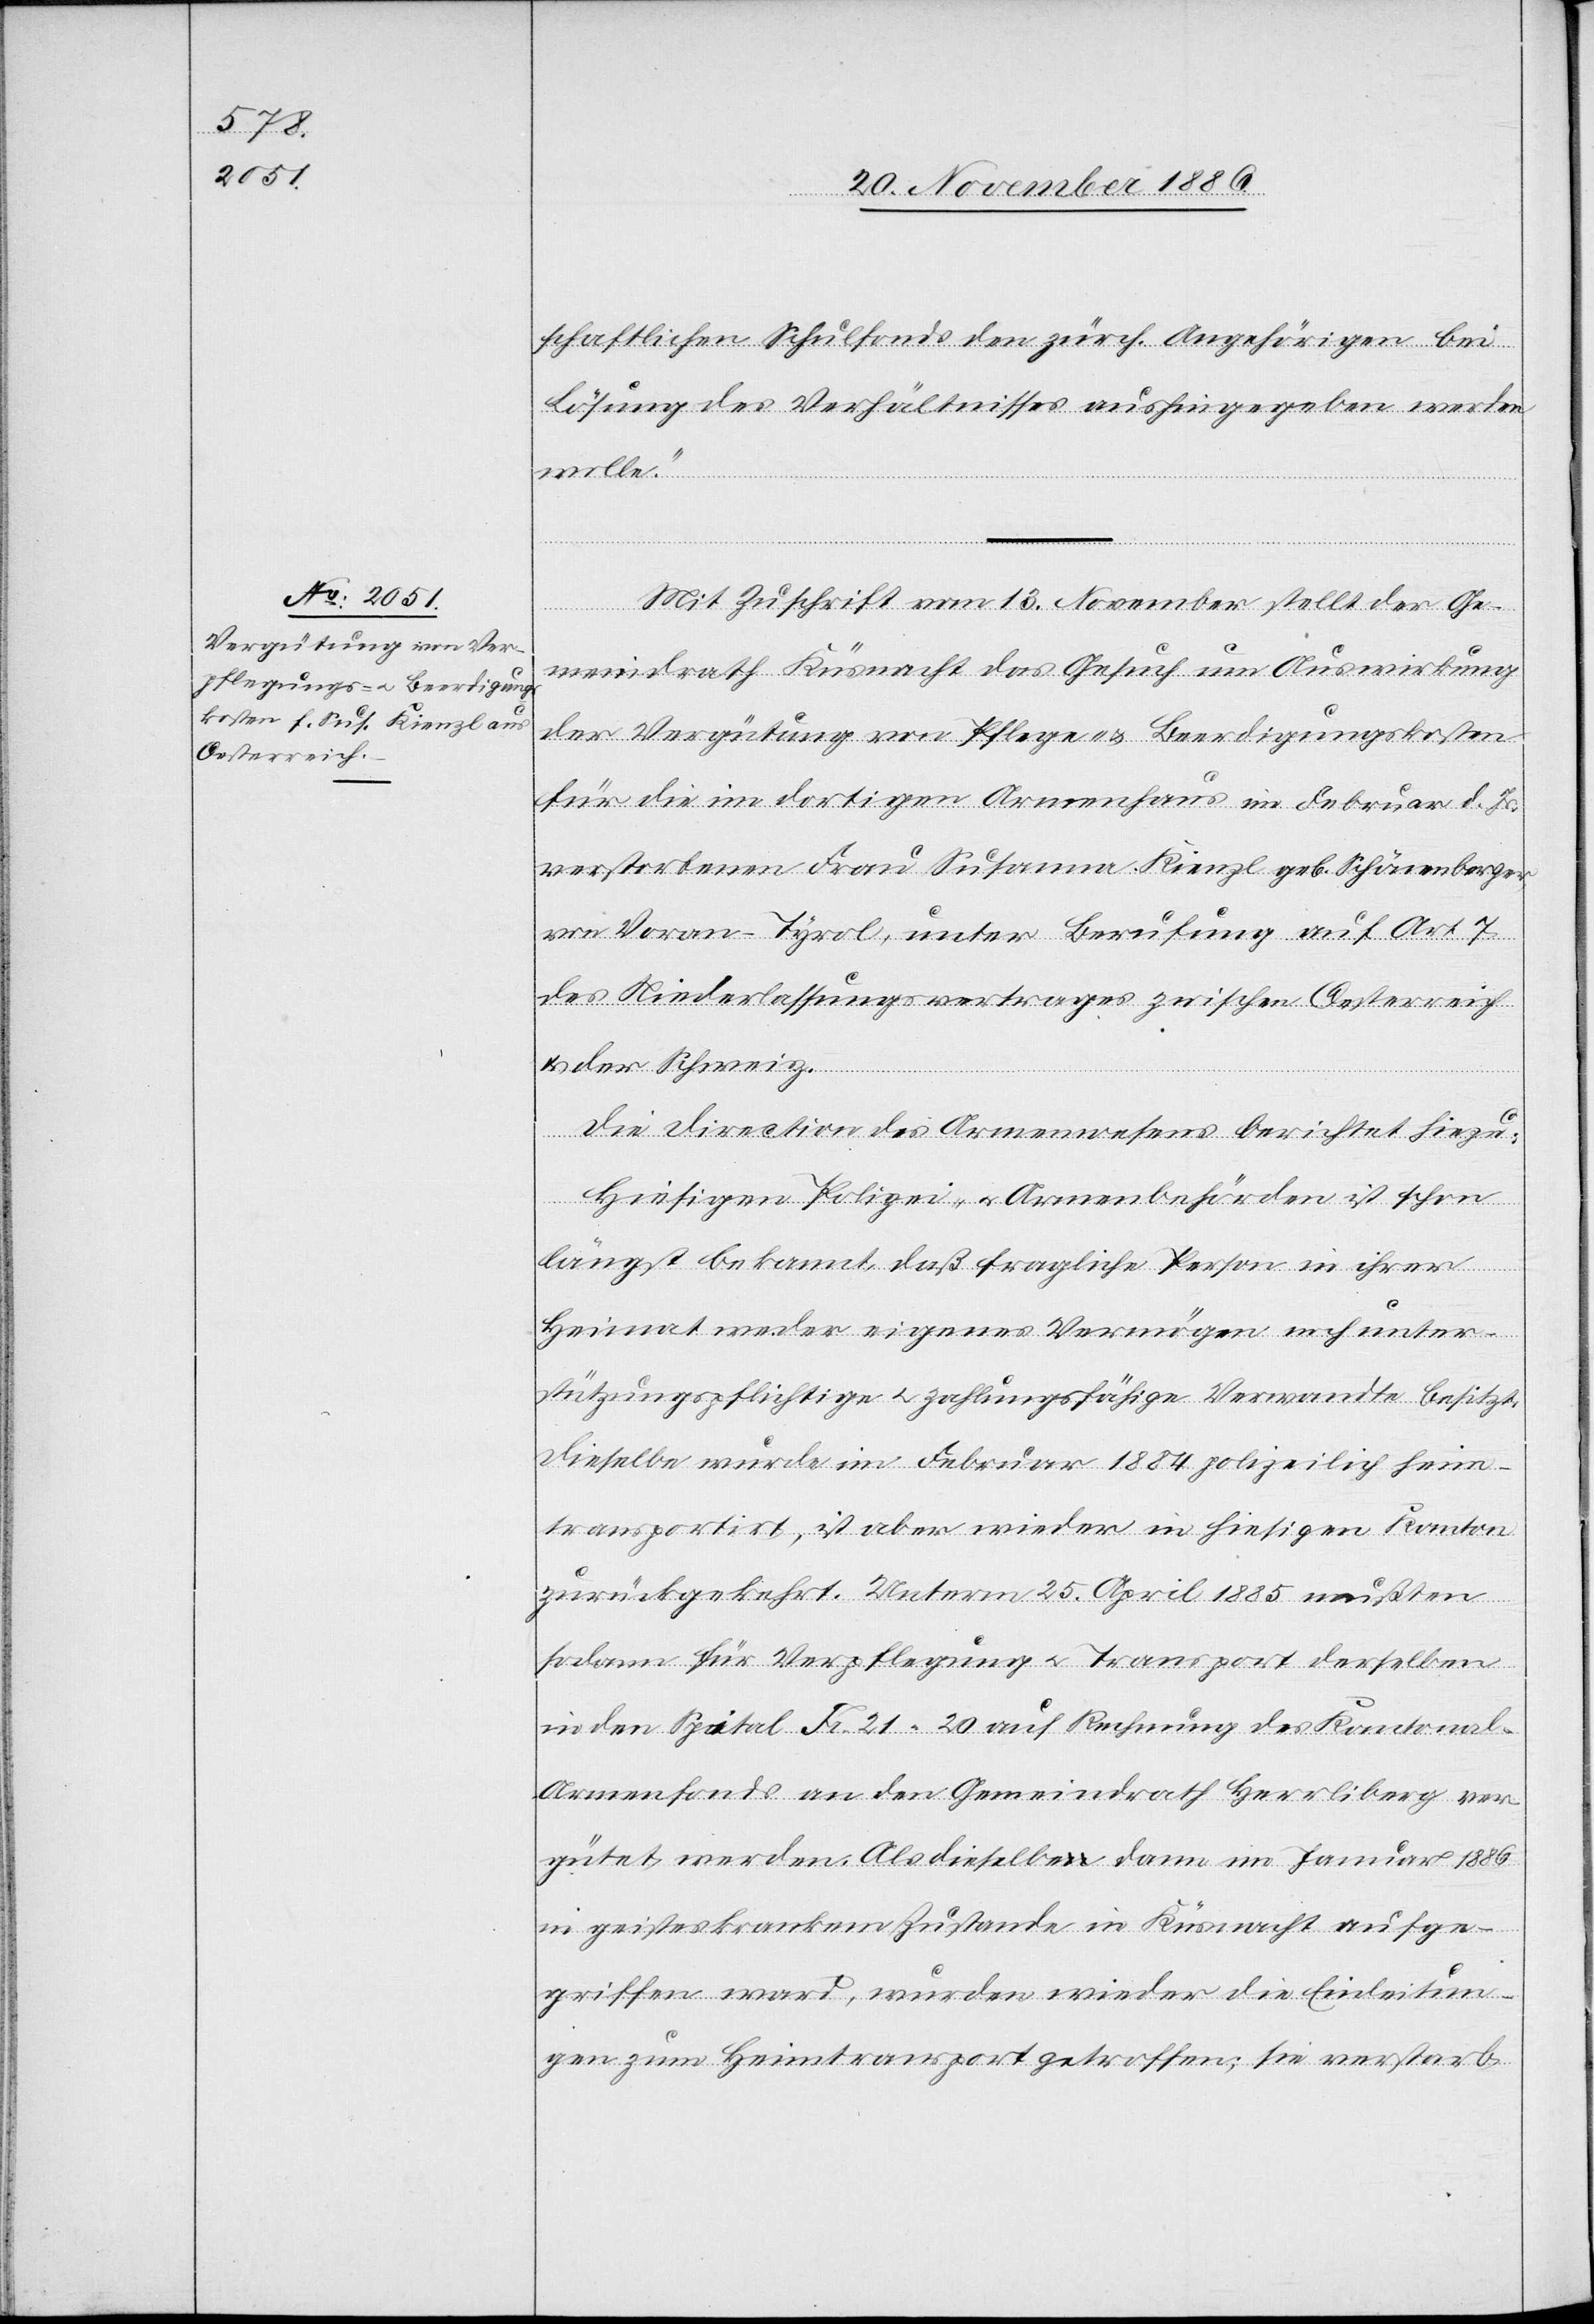
schaftlichen Schulfonds den zürch. Angehörigen bei
Lösung des Verhältnisses aushingegeben werden
wolle.“
Mit Zuschrift vom 13. November stellt der Ge¬
meindrath Küsnacht das Gesuch um Auswirkung
der Vergütung von Pflege- & Beerdigungskosten
für die im dortigen Armenhaus im Februar d. Js.
verstorbenen [sic!] Frau Susanna Kienzl geb. Schönenberger
von Voran - Tyrol, unter Berufung auf Art. 7
des Niederlassungsvertrages zwischen Oesterreich
& der Schweiz.
Die Direction des Armenwesens berichtet hiezu:
Hiesigen Polizei- & Armenbehörden ist schon
längst bekannt, daß fragliche Person in ihrer
Heimat weder eigenes Vermögen noch unter¬
stützungspflichtige & zahlungsfähige Verwandte besitzt.
Dieselbe wurde im Februar 1884 polizeilich heim¬
transportirt, ist aber wieder in hiesigen Kanton
zurückgekehrt. Unterm 25. April 1885 mußten
sodann für Verpflegung & Transport derselben
in den Spital Fr. 21 20 auf Rechnung des Kantonal-A¬
rmenfonds an den Gemeindrath Herrliberg ver¬
gütet werden. Als dieselbe dann im Januar 1886
in geisteskrankem Zustande in Küsnacht aufge¬
griffen ward, wurden wieder die Einleitun¬
gen zum Heimtransport getroffen; sie verstarb